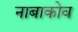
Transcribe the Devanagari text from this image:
नाबाकोव